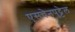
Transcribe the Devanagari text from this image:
एसचेनपुट्टेल